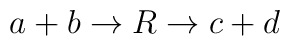
a+b\rightarrow R\rightarrow c+d